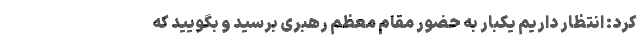
کرد: انتظار داریم یکبار به حضور مقام معظم رهبری برسید و بگویید که